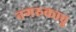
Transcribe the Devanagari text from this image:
नगरुकावु